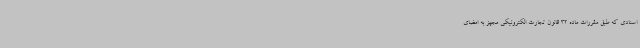
اسنادی که طبق مقررات ماده 32 قانون تجارت الکترونیکی مجهز به امضای